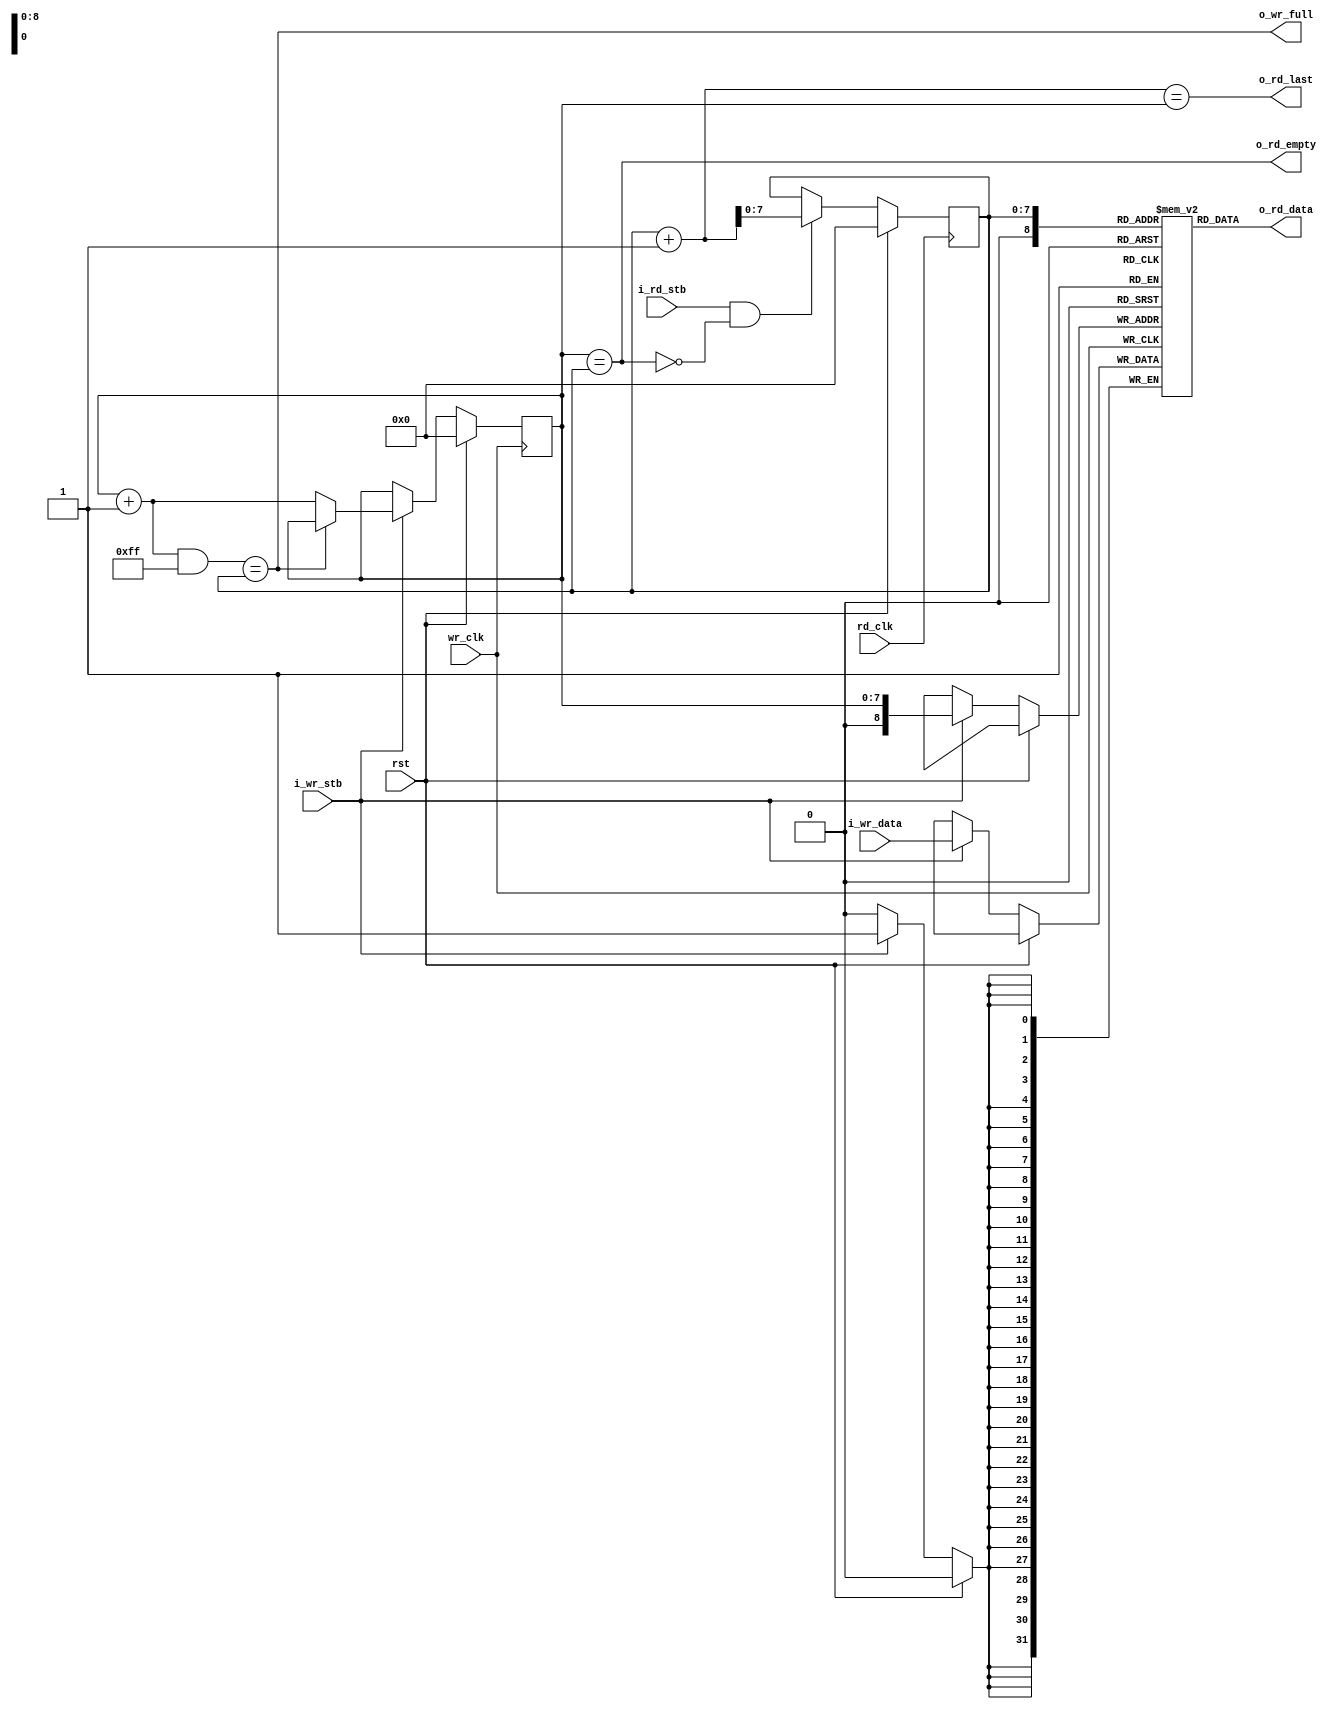
// This program was cloned from: https://github.com/CospanDesign/nysa-verilog
// License: MIT License


`timescale 1ns/1ps


module sync_fifo #(
  parameter MEM_DEPTH   = 8,
  parameter DATA_WIDTH  = 32
)(
  input                           wr_clk,
  input                           rd_clk,
  input                           rst,

  output                          o_wr_full,
  //output  reg                     o_rd_empty,
  output                          o_rd_empty,

  input       [DATA_WIDTH - 1: 0] i_wr_data,
  input                           i_wr_stb,

  input                           i_rd_stb,
  output                          o_rd_last,
  output      [DATA_WIDTH - 1: 0] o_rd_data
);

//localparameters
localparam  MEM_SIZE = (2 ** (MEM_DEPTH));
//Registers/Wires
reg [DATA_WIDTH - 1: 0] mem[0:MEM_SIZE];
reg [MEM_DEPTH - 1: 0]      r_in_pointer;
reg [MEM_DEPTH - 1: 0]      r_out_pointer;
wire                        w_o_rd_empty;

wire  [MEM_DEPTH - 1: 0]    w_next_wr_addr;

//Submodules
//Asynchronous Logic
assign  w_next_wr_addr  = (r_in_pointer + 1) & (MEM_SIZE - 1);
//assign  w_o_rd_empty = (r_in_pointer == r_out_pointer);
assign  o_rd_empty = (r_in_pointer == r_out_pointer);
assign  o_rd_last  = ((r_out_pointer + 1) == r_in_pointer);
//assign  o_wr_full  = (r_out_pointer == 0) ? (r_in_pointer == (MEM_SIZE - 1)) : ((r_in_pointer + 1) == r_out_pointer);
assign  o_wr_full  = (w_next_wr_addr == r_out_pointer);
assign  o_rd_data  = mem[r_out_pointer];
//Synchronous Logic

always @ (posedge wr_clk) begin
  if (rst) begin
    r_in_pointer  <=  0;
  end
  else begin
    if (i_wr_stb) begin
      mem[r_in_pointer] <=  i_wr_data;
      if (!o_wr_full) begin
        r_in_pointer      <=  r_in_pointer + 1;
      end
    end
  end
end

always @ (posedge rd_clk) begin
  if (rst) begin
    r_out_pointer <=  0;
    //o_rd_empty         <=  1;
  end
  else begin
    //o_rd_empty               <=  w_o_rd_empty;
    if(i_rd_stb && !o_rd_empty) begin
      r_out_pointer     <=  r_out_pointer + 1;
    end
  end
end
 
endmodule